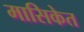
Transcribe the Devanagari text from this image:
मासिकेत